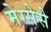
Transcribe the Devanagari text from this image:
मेग्सेसे